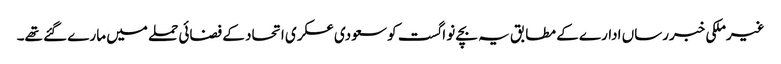
غیرملکی خبررساں ادارے کے مطابق یہ بچے نو اگست کو سعودی عسکری اتحاد کے فضائی حملے میں مارے گئے تھے۔